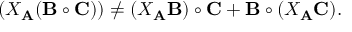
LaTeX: ( X _ { \bf A } ( { \bf B } \circ { \bf C } ) ) \neq ( X _ { \bf A } { \bf B } ) \circ { \bf C } + { \bf B } \circ ( X _ { \bf A } { \bf C } ) .